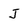
Character: J